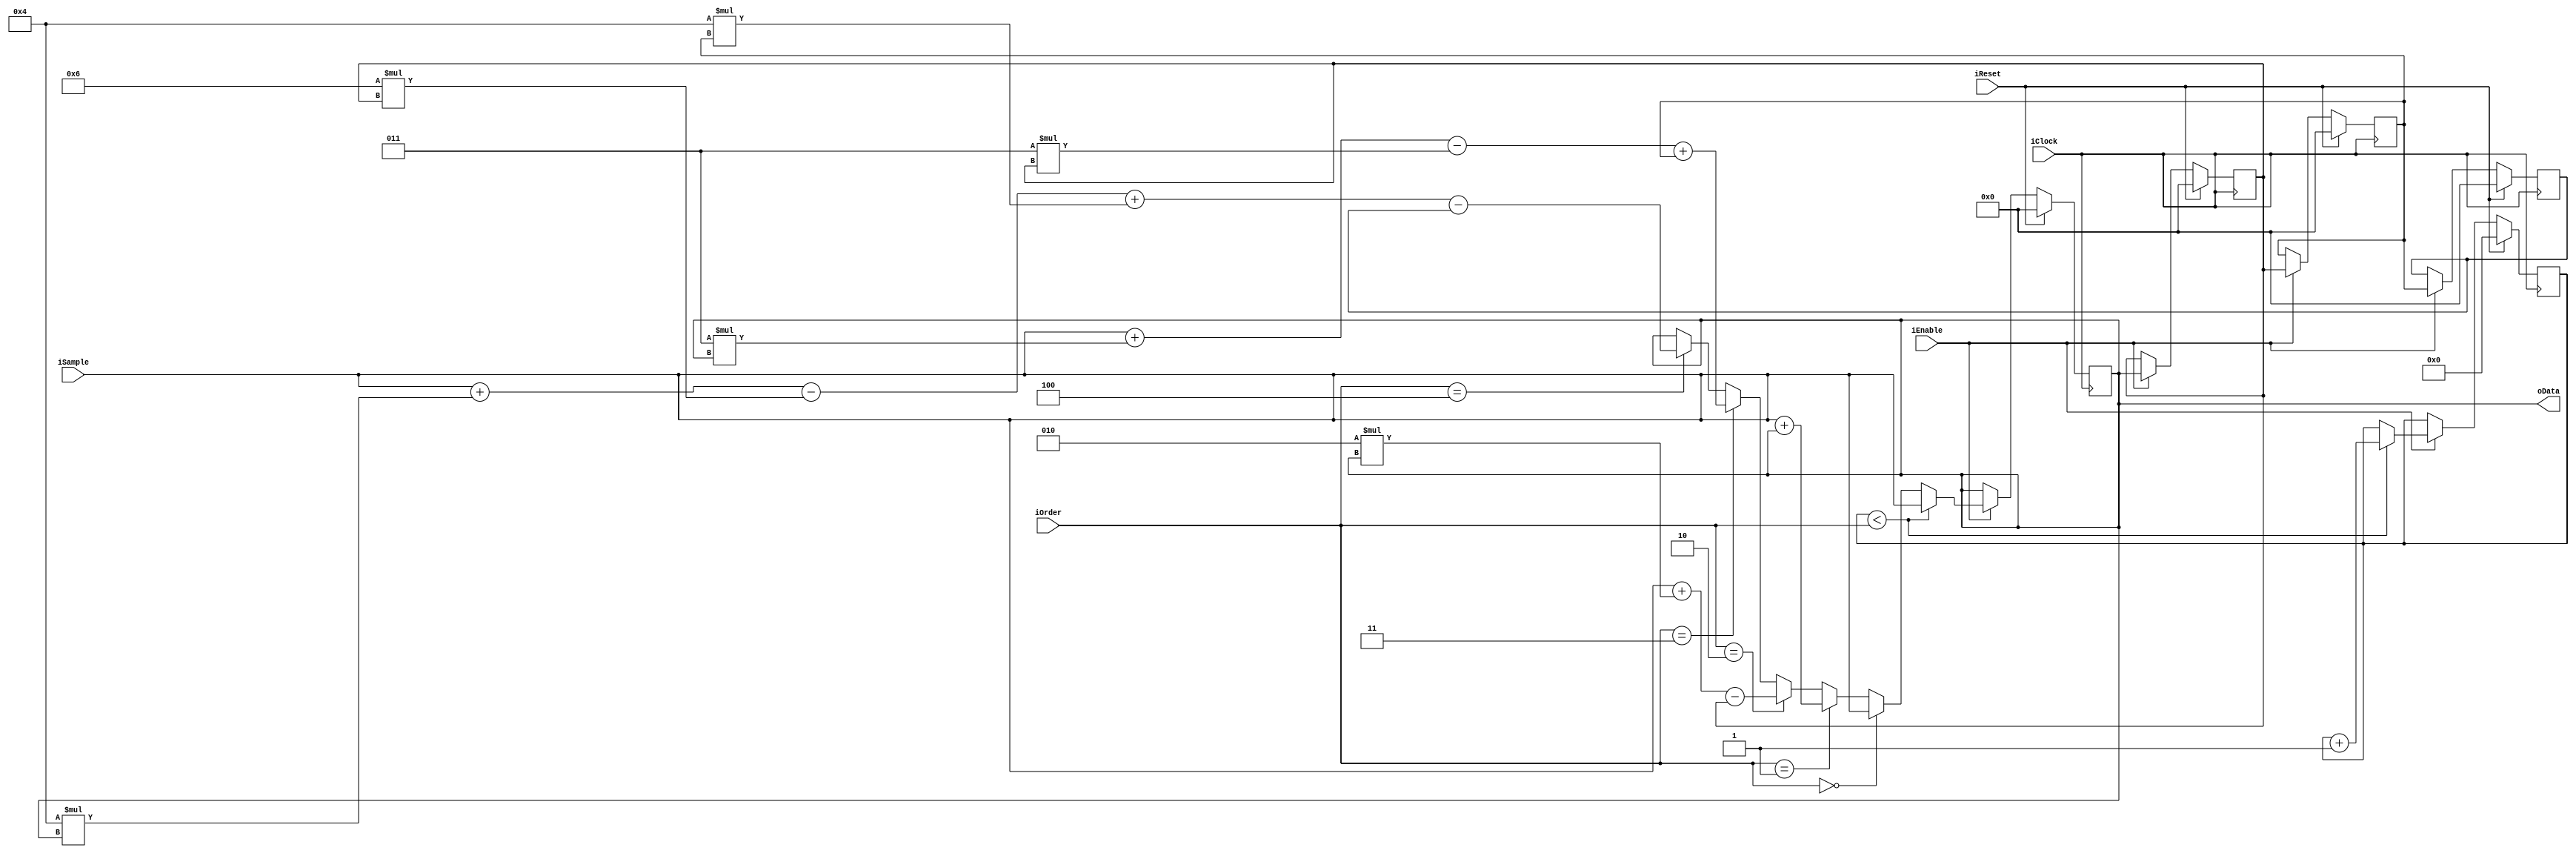
module FixedDecoder(input iClock,
                          input iReset, 
                          input iEnable, 
                          input [7:0] iOrder, 
                          input signed [15:0] iSample, 
                          output signed [15:0] oData);
                          
reg signed [15:0] dataq [0:4];
reg [3:0] warmup_count;

assign oData = dataq[0];

always @(posedge iClock)
begin
    if (iReset) begin
        warmup_count <= 0;
        dataq[0] <= 0;
        dataq[1] <= 0;
        dataq[2] <= 0;
        dataq[3] <= 0;
        dataq[4] <= 0;
    end else if (iEnable) begin
        dataq[4] = dataq[3];
        dataq[3] = dataq[2];
        dataq[2] = dataq[1];
        dataq[1] = dataq[0];
        
        if (warmup_count < iOrder) begin
            dataq[0] <= iSample;
            warmup_count <= warmup_count + 1'b1;
        end else if (iOrder == 0) begin
            dataq[0] <= iSample;
        end else if (iOrder == 1) begin
            dataq[0] <= iSample + dataq[1]; 
        end else if (iOrder == 2) begin
            dataq[0] <= iSample + 2*dataq[1] - dataq[2];    
        end else if (iOrder == 3) begin
            dataq[0] <= iSample + 3*dataq[1] - 3*dataq[2] + dataq[3];   
        end else if (iOrder == 4) begin
            dataq[0] <= iSample + 4*dataq[1] - 6*dataq[2] + 4*dataq[3] - dataq[4];  
        end 
    end
end
    
/*    switch(_predictorOrder) {
        case 0:
            memcpy(data, residuals, sizeof(int32_t)*_blockSize);
            break;
        case 1:
            for(i = 1; i < _blockSize; i++)
                data[i] = residuals[i - 1] + data[i-1];
            break;
        case 2:
            for(i = 2; i < _blockSize; i++)
                data[i] = residuals[i - 2] + 2*data[i-1] - data[i-2];
            break;
        case 3:
            for(i = 3; i < _blockSize; i++)
                data[i] = residuals[i - 3] + 3*data[i-1] - 3*data[i-2] + data[i-3];
            break;
        case 4:
            for(i = 4; i < _blockSize; i++)
                data[i] = residuals[i - 4] + 4*data[i-1] - 6*data[i-2] + 4*data[i-3] - data[i-4];
            break;
        default:
            break;
    }*/
     
 endmodule